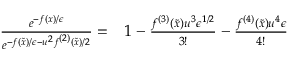
\begin{array} { r l } { \frac { e ^ { - f ( x ) / \epsilon } } { e ^ { - f ( \tilde { x } ) / \epsilon - { u ^ { 2 } f ^ { ( 2 ) } ( \tilde { x } ) } / { 2 } } } = } & { { } 1 - \frac { f ^ { ( 3 ) } ( \tilde { x } ) u ^ { 3 } \epsilon ^ { 1 / 2 } } { 3 ! } - \frac { f ^ { ( 4 ) } ( \tilde { x } ) u ^ { 4 } \epsilon } { 4 ! } } \end{array}